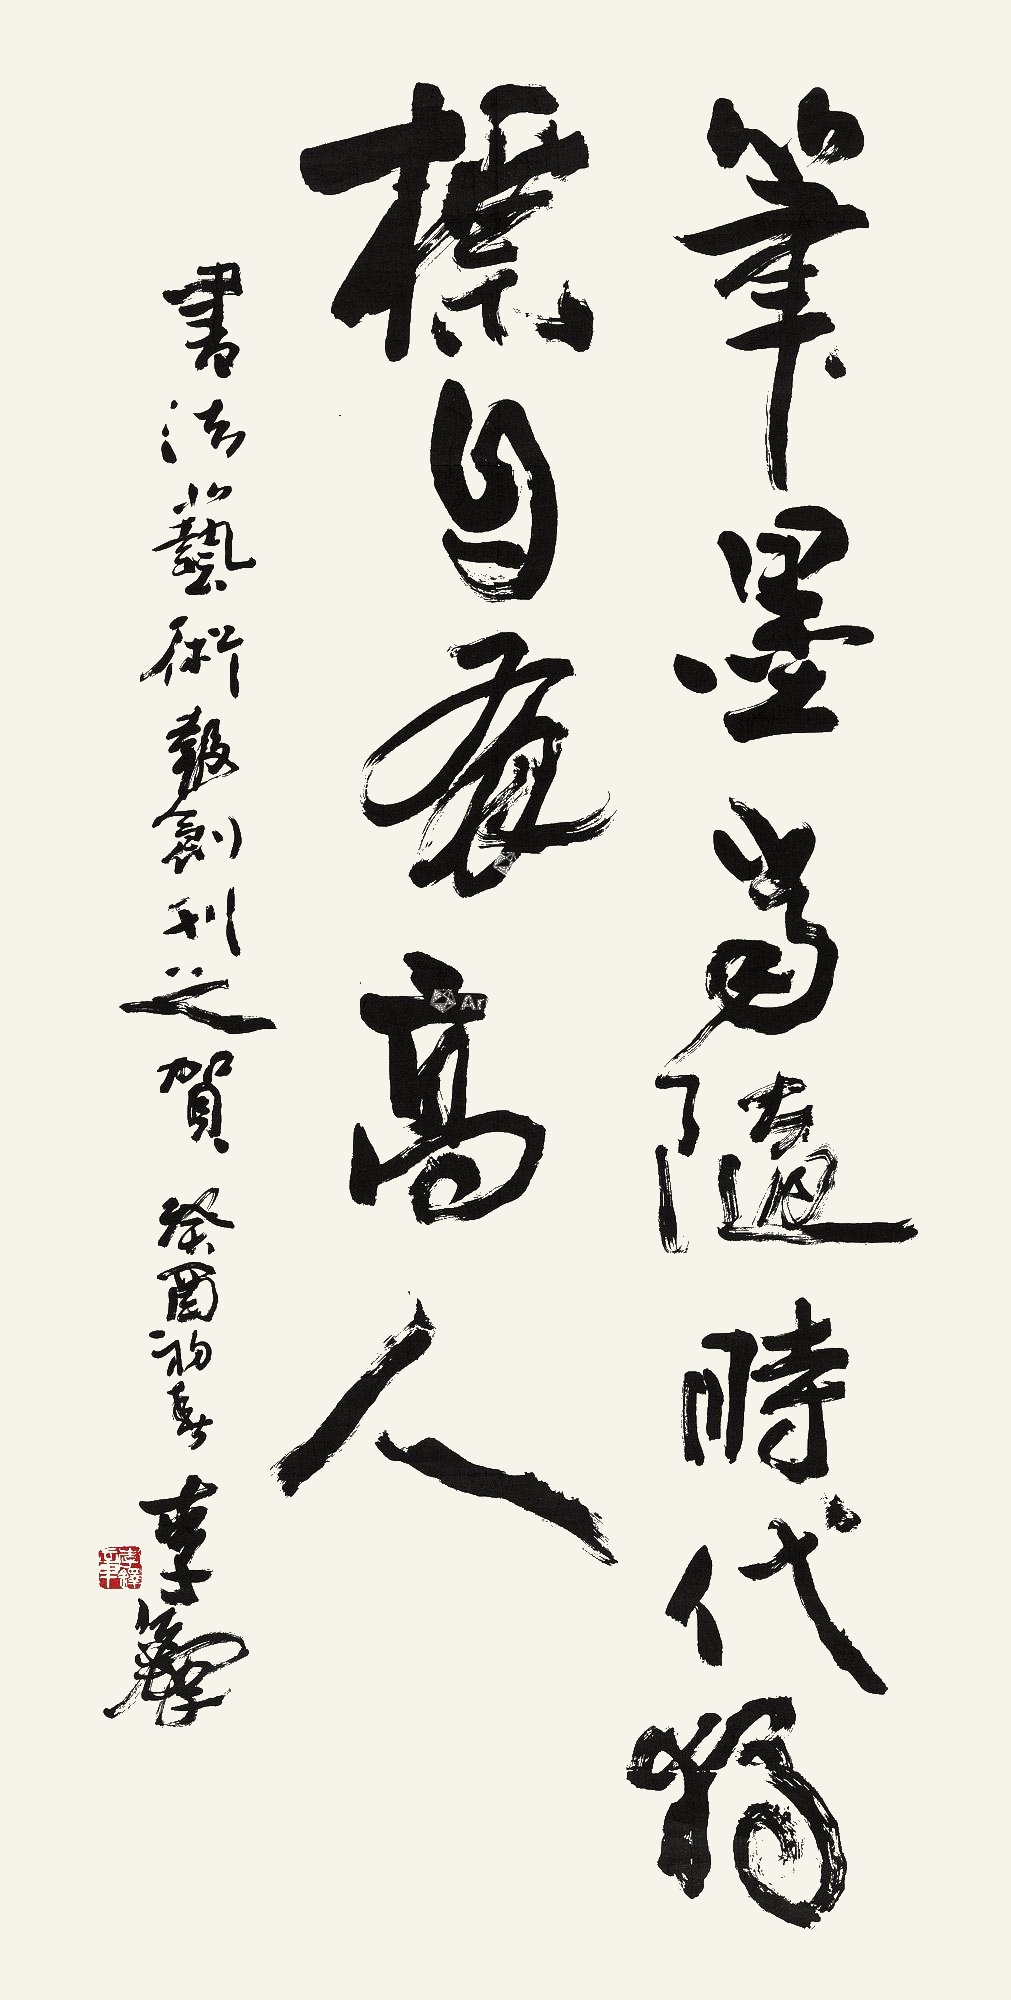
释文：笔墨当随时代，独标自有高人。书法艺术报刊之贺。癸酉初春，李铎。